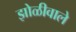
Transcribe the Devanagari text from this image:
झोळीवाले